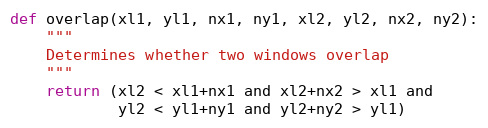
Language: Python
def overlap(xl1, yl1, nx1, ny1, xl2, yl2, nx2, ny2):
    """
    Determines whether two windows overlap
    """
    return (xl2 < xl1+nx1 and xl2+nx2 > xl1 and
            yl2 < yl1+ny1 and yl2+ny2 > yl1)